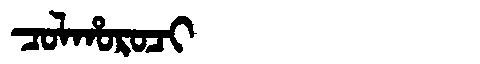
Manchu: ᠴᠣᠯᡥᠣᡵᠣᠴᡳ
Romanization: COLHOROCI